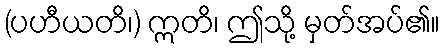
(ပဟီယတိ၊) ဣတိ၊ ဤသို့ မှတ်အပ်၏။